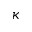
\kappa